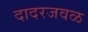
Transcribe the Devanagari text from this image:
दादरजवळ